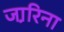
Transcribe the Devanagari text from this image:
जा़रिना